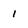
Character: 1